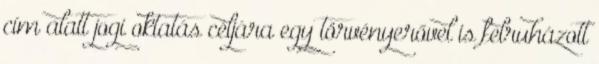
cím alatt jogi oktatás céljára egy törvényerővel is felruházott